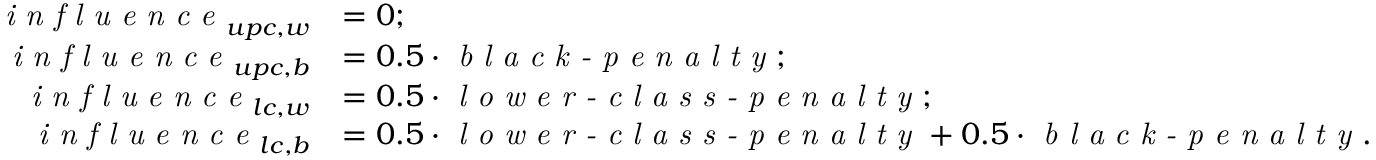
\begin{array} { r l } { \textit { i n f l u e n c e } _ { u p c , w } } & { = 0 ; } \\ { \textit { i n f l u e n c e } _ { u p c , b } } & { = 0 . 5 \cdot \textit { b l a c k - p e n a l t y } ; } \\ { \textit { i n f l u e n c e } _ { l c , w } } & { = 0 . 5 \cdot \textit { l o w e r - c l a s s - p e n a l t y } ; } \\ { \textit { i n f l u e n c e } _ { l c , b } } & { = 0 . 5 \cdot \textit { l o w e r - c l a s s - p e n a l t y } + 0 . 5 \cdot \textit { b l a c k - p e n a l t y } . } \end{array}